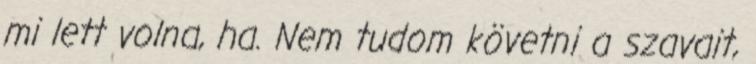
mi lett volna, ha. Nem tudom követni a szavait,